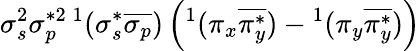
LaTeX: \sigma_{s}^{2}\sigma_{p}^{*2}{}\, ^{1}(\sigma_{s}^{*}\overline{{\sigma_{p}}})\left(^1(\pi_{x}\overline{{\pi_{y}^{*}}})-{}^{1}(\pi_{y}\overline{{\pi_{y}^{*}}})\right)